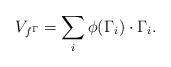
LaTeX: \begin{align*}V_{f^{\Gamma}}=\sum_{i}\phi(\Gamma_{i})\cdot{\Gamma_{i}}.\end{align*}